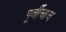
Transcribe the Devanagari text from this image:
पूर्वीचाच